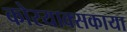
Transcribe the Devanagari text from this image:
कोरयाक्सकाया